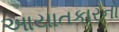
આયાતકારનો